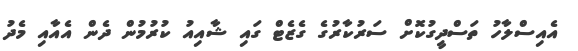
އެއިސްލާހު ތަސްދީގުކޮށް ސަރުކާރުގެ ގެޒެޓް ގައި ޝާއިއު ކުރުމުން ދެން އެއާއި މެދު